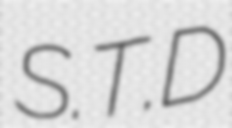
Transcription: S.T.D